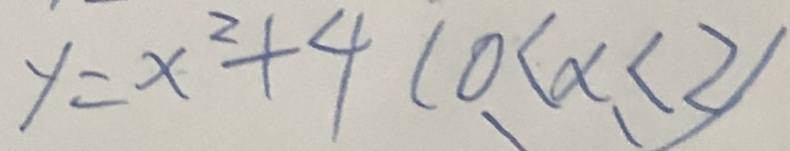
y = x ^ { 2 } + 4 < 0 < x < 2